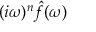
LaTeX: ( i \omega ) ^ { n } { \hat { f } } ( \omega )